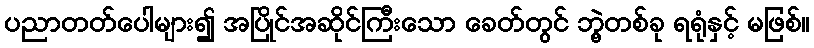
ပညာတတ်ပေါများ၍ အပြိုင်အဆိုင်ကြီးသော ခေတ်တွင် ဘွဲ့တစ်ခု ရရုံနှင့် မဖြစ်။